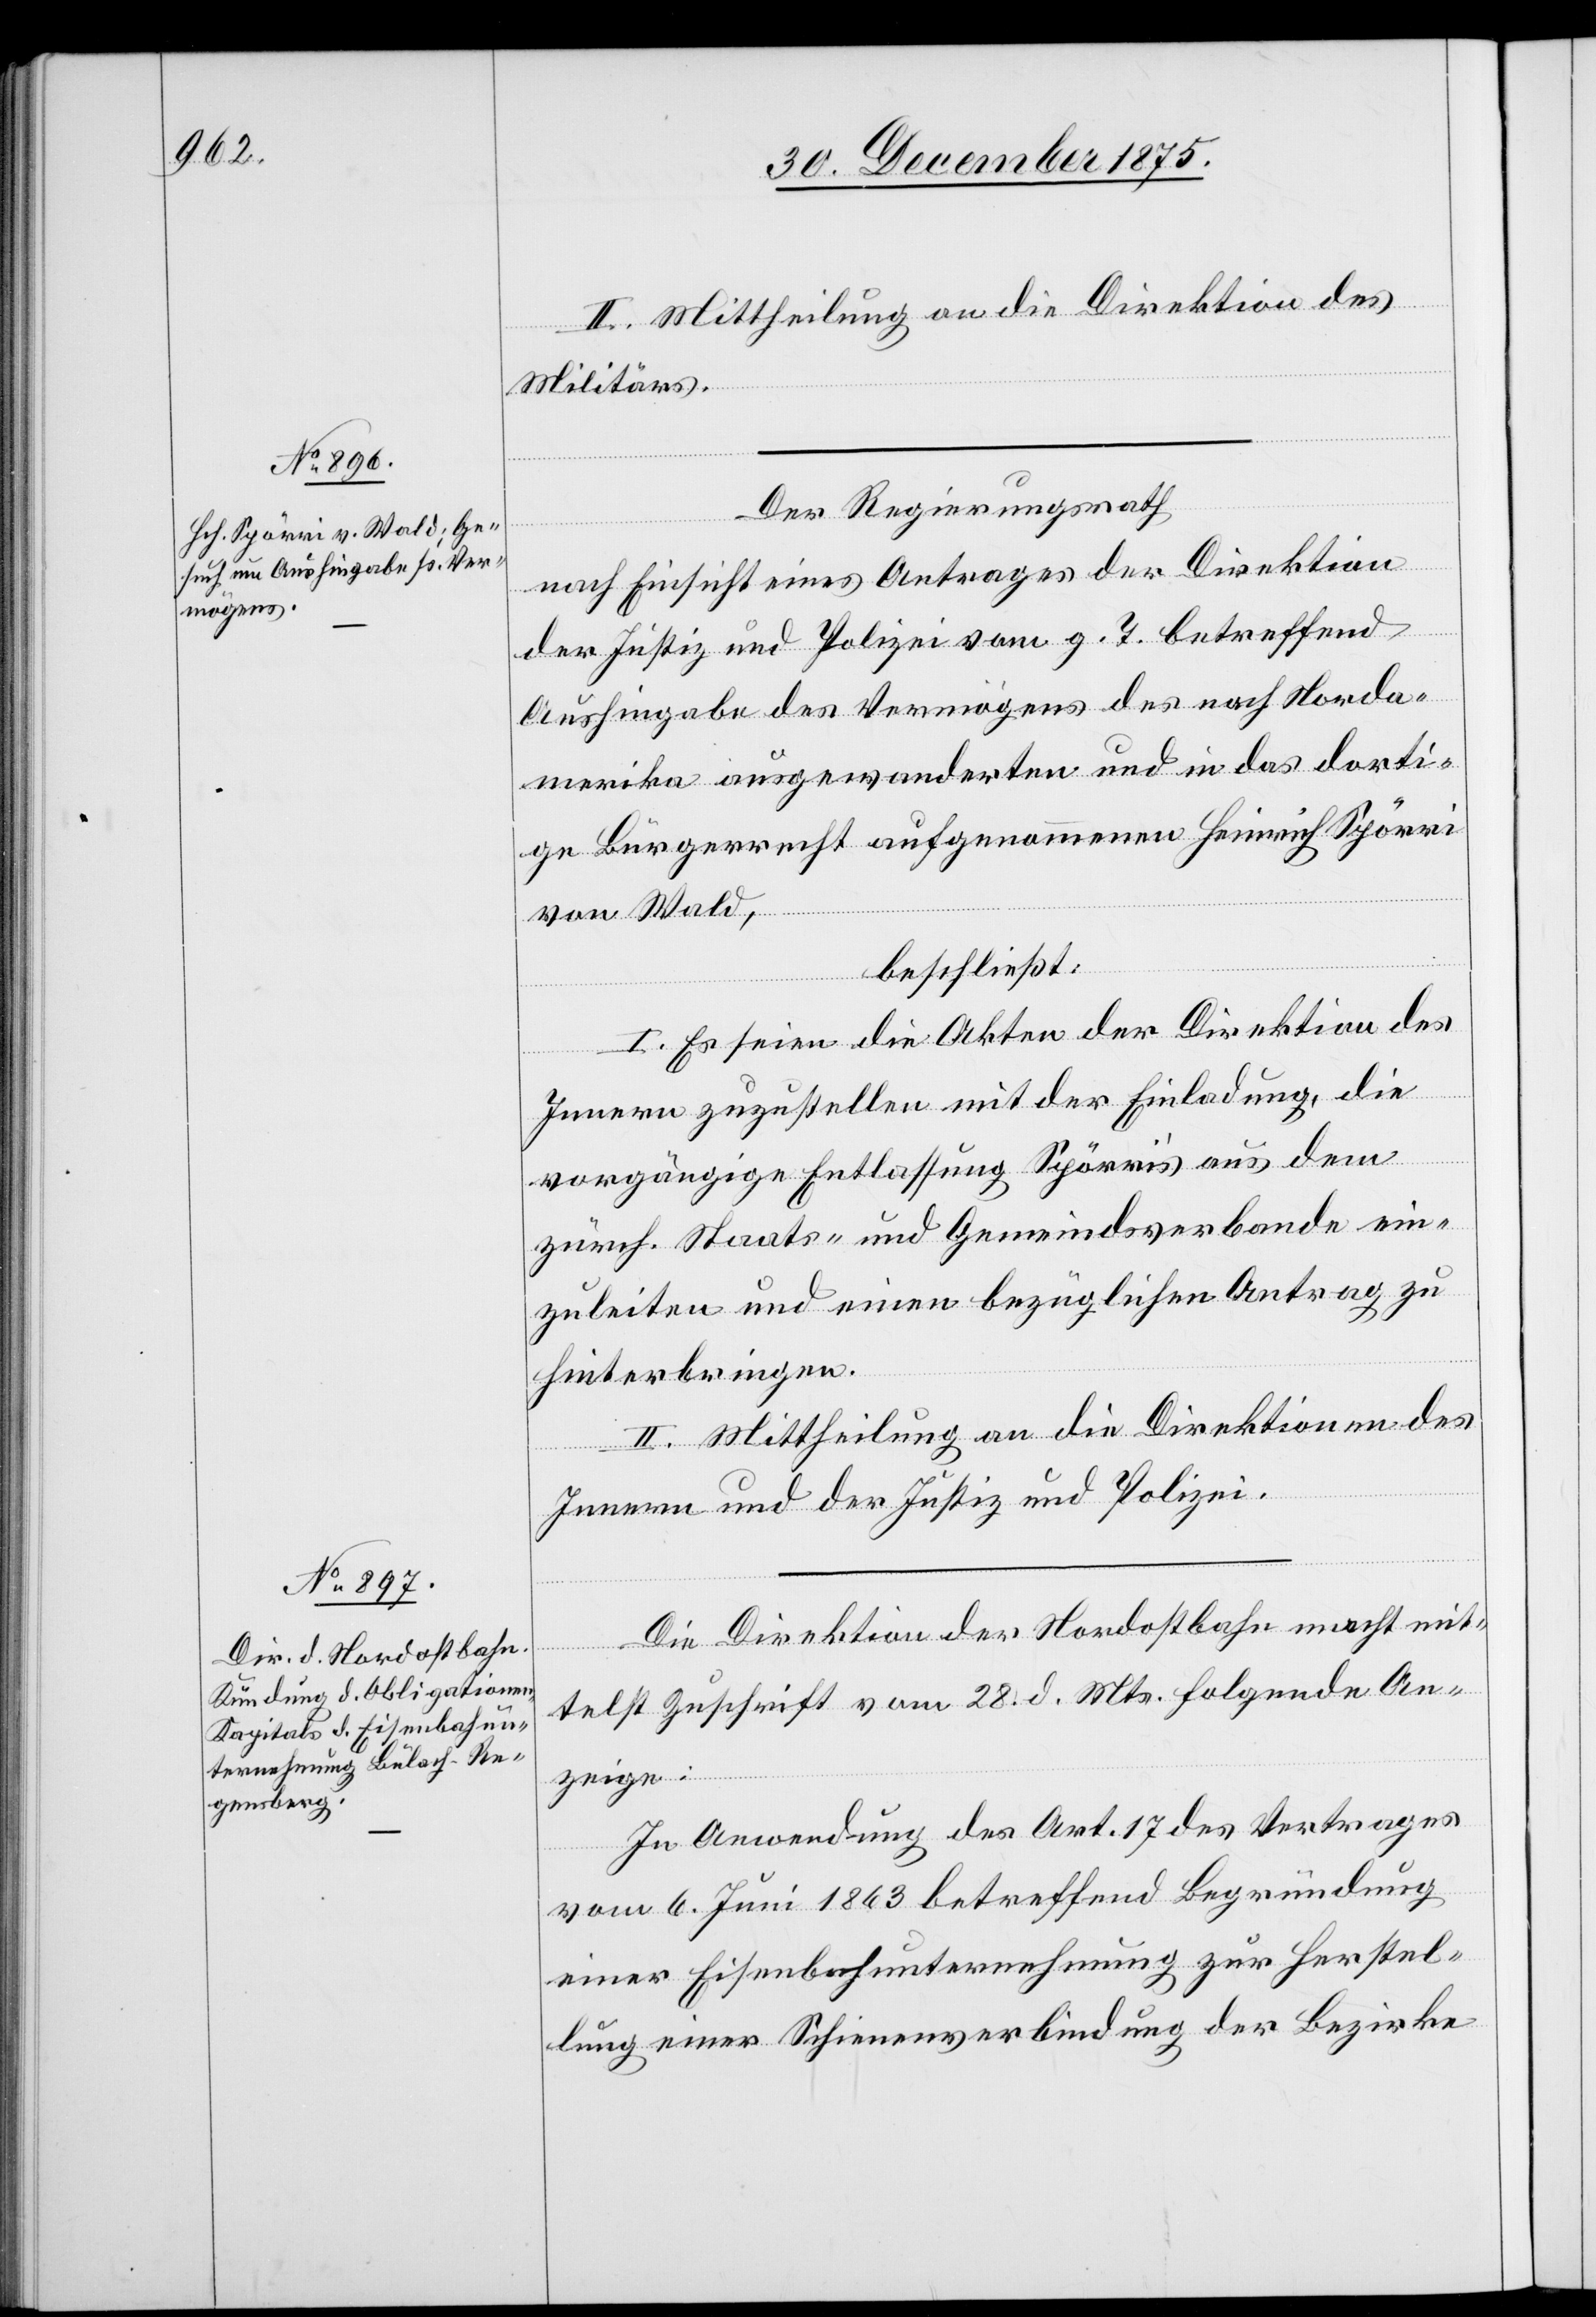
II. Mittheilung an die Direktion des
Militärs.
Der Regierungsrath,
nach Einsicht eines Antrages der Direktion
der Justiz und Polizei vom g. T. betreffend
Aushingabe des Vermögens des nach Norda¬
merika ausgewanderten und in das dorti¬
ge Bürgerrecht aufgenommenen Heinrich Spörri
von Wald,
beschließt:
I. Es seien die Akten der Direktion des
Innern zuzustellen mit der Einladung die
vorgängige Entlassung Spörris aus dem
zürch. Staats- und Gemeindsverbande ein¬
zuleiten und einen bezüglichen Antrag zu
hinterbringen.
II. Mittheilung an die Direktionen des
Innern und der Justiz und Polizei
Die Direktion der Nordostbahn macht mit¬
telst Zuschrift vom 28. d. Mts. folgende An¬
zeige:
In Anwendung des Art. 17 des Vertrages
vom 6. Juni 1863 betreffend Begründung
einer Eisenbahnunternehmung zur Herstel¬
lung einer Schienenverbindung der Bezirke